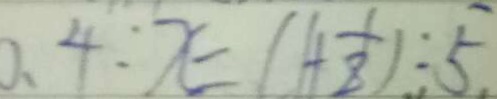
0 . 4 : x = ( 1 + \frac { 1 } { 8 } ) : 5